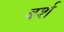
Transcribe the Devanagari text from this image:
बर्श